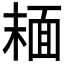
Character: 𩈘